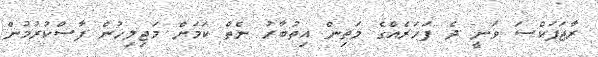
ރާޖަޕަކްސަ ވަނީ ދެ ފަހަރެއްގެ މަތިން އިތުބާރު ނެތް ކަމަށް މަޖިލިހުން ފާސްކުރުމުން